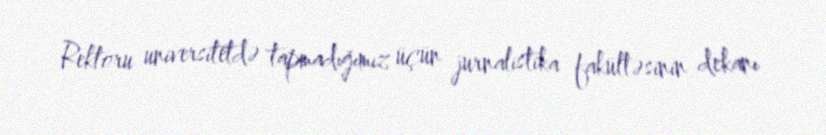
Rektoru universitetdə tapmadığımız üçün jurnalistika fakültəsinin dekanı